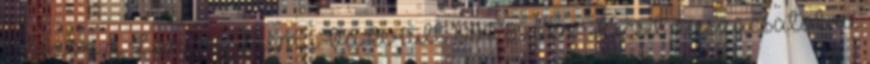
először a Lancia Thema-ba került 1984 85 ben Kicsit visszacsatolva